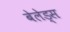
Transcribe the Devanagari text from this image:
बेलेड्स